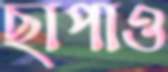
ছাপাও